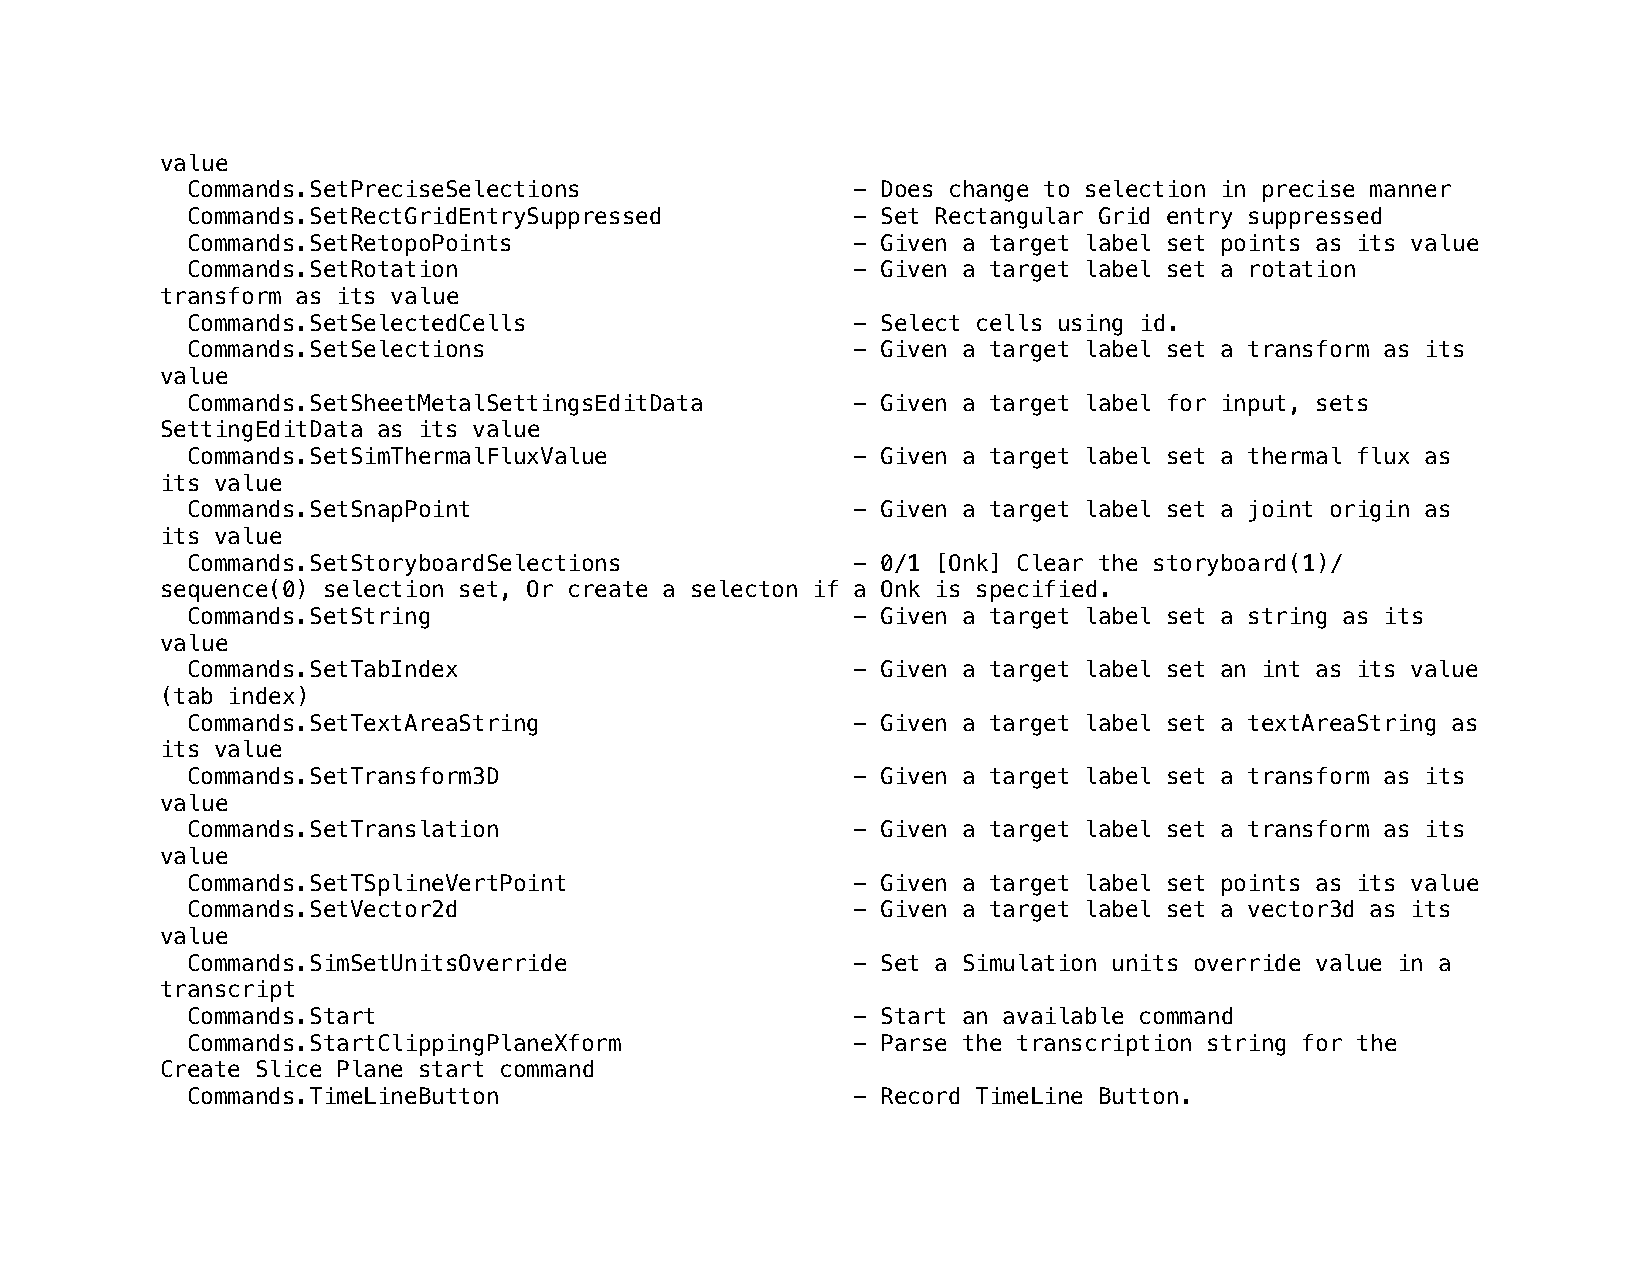
value
 Commands.SetPreciseSelections               - Does change to selection in precise manner
 Commands.SetRectGridEntrySuppressed         - Set Rectangular Grid entry suppressed
 Commands.SetRetopoPoints                    - Given a target label set points as its value
 Commands.SetRotation                        - Given a target label set a rotation
 transform as its value
 Commands.SetSelectedCells                   - Select cells using id.
 Commands.SetSelections                      - Given a target label set a transform as its
 value
 Commands.SetSheetMetalSettingsEditData      - Given a target label for input, sets
 SettingEditData as its value
 Commands.SetSimThermalFluxValue             - Given a target label set a thermal flux as
 its value
 Commands.SetSnapPoint                       - Given a target label set a joint origin as
 its value
 Commands.SetStoryboardSelections            - 0/1 [Onk] Clear the storyboard(1)/
 sequence(0) selection set, Or create a selecton if a Onk is specified.
 Commands.SetString                          - Given a target label set a string as its
 value
 Commands.SetTabIndex                        - Given a target label set an int as its value
 (tab index)
 Commands.SetTextAreaString                  - Given a target label set a textAreaString as
 its value
 Commands.SetTransform3D                     - Given a target label set a transform as its
 value
 Commands.SetTranslation                     - Given a target label set a transform as its
 value
 Commands.SetTSplineVertPoint                - Given a target label set points as its value
 Commands.SetVector2d                        - Given a target label set a vector3d as its
 value
 Commands.SimSetUnitsOverride                - Set a Simulation units override value in a
 transcript
 Commands.Start                              - Start an available command
 Commands.StartClippingPlaneXform            - Parse the transcription string for the
 Create Slice Plane start command
 Commands.TimeLineButton                     - Record TimeLine Button.